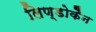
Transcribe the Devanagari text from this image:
लिण्डोकैन